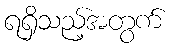
ရရှိသည့်အတွက်